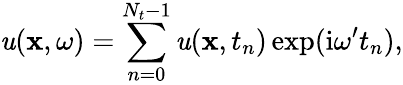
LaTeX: \mathit{u}(\mathbf{{x}},\omega)=\sum_{n=0}^{N_{t}-1}\mathit{u}(\mathbf{{x}},t_{n})\exp(\mathrm{{i}}\omega^{\prime}t_{n}),